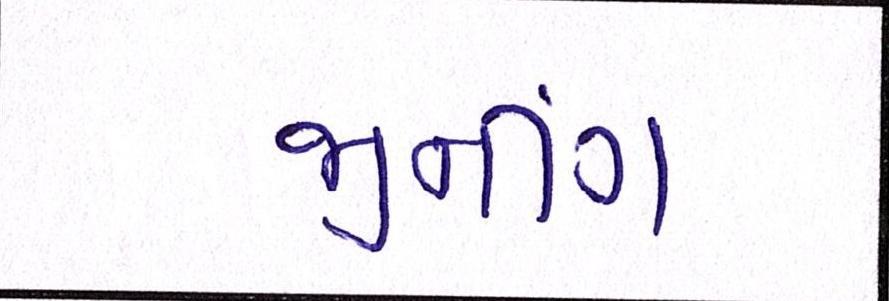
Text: જીનીંગ